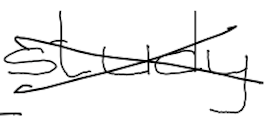
Text: study
Cross-out: cross
Writing tool: digital_black